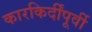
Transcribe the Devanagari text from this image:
कारकिर्दींपूर्वी